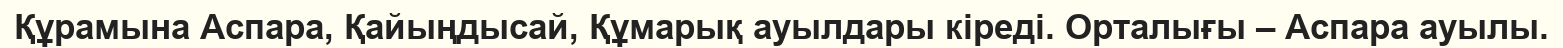
Құрамына Аспара, Қайыңдысай, Құмарық ауылдары кіреді. Орталығы – Аспара ауылы.